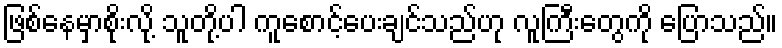
ဖြစ်နေမှာစိုးလို့ သူတို့ပါ ကူစောင့်ပေးချင်သည်ဟု လူကြီးတွေကို ပြောသည်။